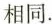
相同。